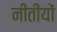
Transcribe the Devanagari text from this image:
नीतीयों